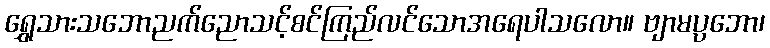
ရွှေသားသဘောညက်ညောသင့်စင်ကြည်လင်သောအရေပါသလော။ ဗျာမပ္ပဘော၊